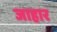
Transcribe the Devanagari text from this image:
जाहार